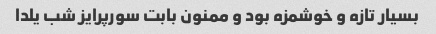
بسیار تازه و خوشمزه بود و ممنون بابت سورپرایز شب یلدا